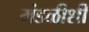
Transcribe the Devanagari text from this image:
मंडळीशी